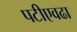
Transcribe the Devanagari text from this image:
पटीएवढा